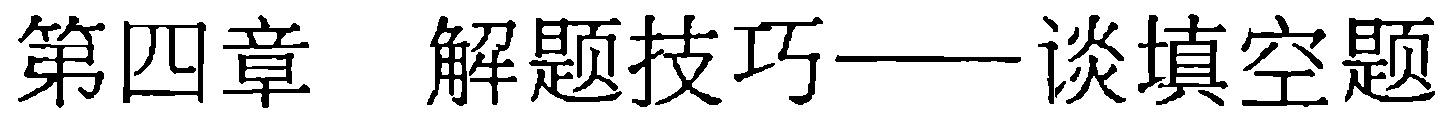
第四章 解题技巧——谈填空题